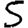
Digit: 5